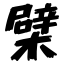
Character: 檗